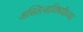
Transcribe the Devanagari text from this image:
अस्तित्वाविषयीच्या